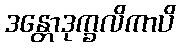
ဒန္တောဒုက္ခလိကာပိ